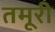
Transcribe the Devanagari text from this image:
तमूरी